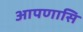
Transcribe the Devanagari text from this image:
आपणासि